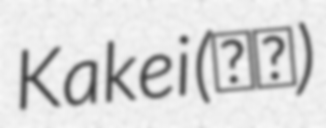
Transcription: Kakei (嘉慶)